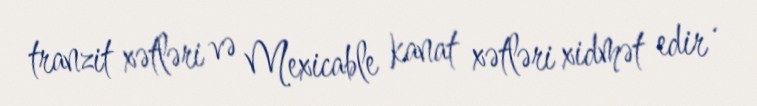
tranzit xətləri və Mexicable kanat xətləri xidmət edir .